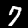
Label: 7